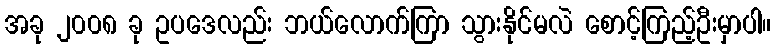
အခု ၂၀၀၈ ခု ဥပဒေလည်း ဘယ်လောက်ကြာ သွားနိုင်မလဲ စောင့်ကြည့်ဦးမှာပါ။